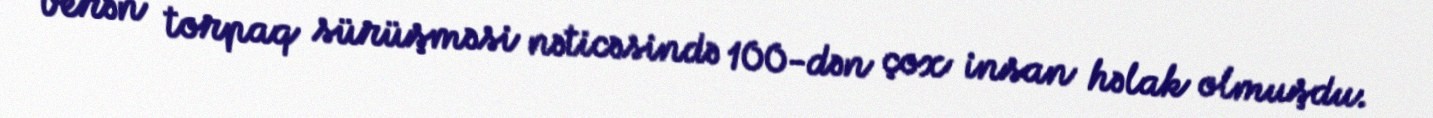
verən torpaq sürüşməsi nəticəsində 100-dən çox insan həlak olmuşdu.